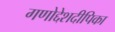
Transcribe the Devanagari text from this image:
गणोद्देशदीपिका